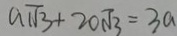
a \sqrt { 3 } + 2 0 \sqrt { 3 } = 3 a